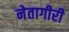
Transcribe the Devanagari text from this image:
नेतागीरी